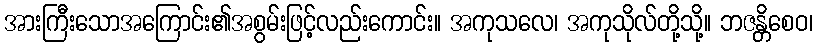
အားကြီးသောအကြောင်း၏အစွမ်းဖြင့်လည်းကောင်း။ အကုသလေ၊ အကုသိုလ်တို့သို့။ ဘဇန္တိစေဝ၊